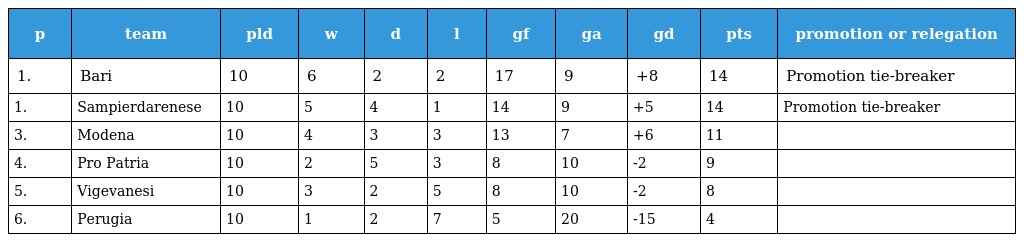
| p | team | pld | w | d | l | gf | ga | gd | pts | promotion or relegation |
 | --- | --- | --- | --- | --- | --- | --- | --- | --- | --- | --- |
 | 1. | Bari | 10 | 6 | 2 | 2 | 17 | 9 | +8 | 14 | Promotion tie-breaker |
 | 1. | Sampierdarenese | 10 | 5 | 4 | 1 | 14 | 9 | +5 | 14 | Promotion tie-breaker |
 | 3. | Modena | 10 | 4 | 3 | 3 | 13 | 7 | +6 | 11 |  |
 | 4. | Pro Patria | 10 | 2 | 5 | 3 | 8 | 10 | -2 | 9 |  |
 | 5. | Vigevanesi | 10 | 3 | 2 | 5 | 8 | 10 | -2 | 8 |  |
 | 6. | Perugia | 10 | 1 | 2 | 7 | 5 | 20 | -15 | 4 |  |